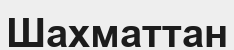
Шахматтан